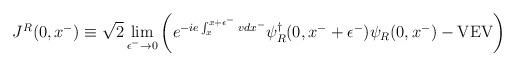
LaTeX: \begin{align*}J^R(0,x^-) \equiv\sqrt{2}\lim_{\epsilon^-\rightarrow0}\left(e^{-ie\int_x^{x+\epsilon^-} v dx^-}\psi_R^\dagger(0,x^-+\epsilon^-) \psi_R(0,x^-)-{\rm VEV}\right)\end{align*}